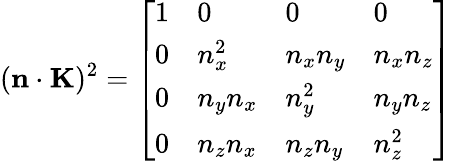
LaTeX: (\mathbf{n}\cdot\mathbf{K})^{2}={\left[\begin{array}{llll}{1}&{0}&{0}&{0}\\ {0}&{n_{x}^{2}}&{n_{x}n_{y}}&{n_{x}n_{z}}\\ {0}&{n_{y}n_{x}}&{n_{y}^{2}}&{n_{y}n_{z}}\\ {0}&{n_{z}n_{x}}&{n_{z}n_{y}}&{n_{z}^{2}}\end{array}\right]}